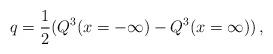
LaTeX: \begin{align*}q = {1 \over 2}( Q^3(x= -\infty) - Q^3(x= \infty))\,,\end{align*}